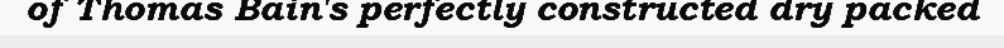
of Thomas Bain's perfectly constructed dry packed